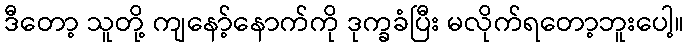
ဒီတော့ သူတို့ ကျနော့်နောက်ကို ဒုက္ခခံပြီး မလိုက်ရတော့ဘူးပေါ့။